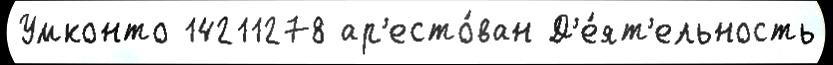
Умконто 14211278 ар'есто́ван Д'е́ят'ельность